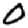
Digit: 0